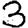
Digit: 3